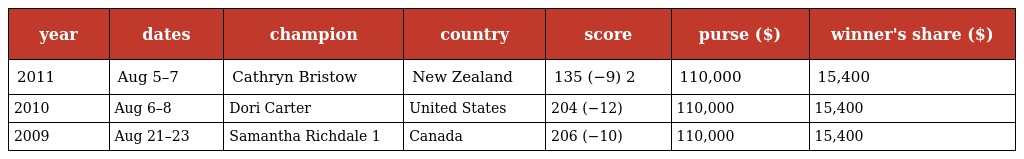
| year | dates | champion | country | score | purse ($) | winner's share ($) |
 | --- | --- | --- | --- | --- | --- | --- |
 | 2011 | Aug 5–7 | Cathryn Bristow | New Zealand | 135 (−9) 2 | 110,000 | 15,400 |
 | 2010 | Aug 6–8 | Dori Carter | United States | 204 (−12) | 110,000 | 15,400 |
 | 2009 | Aug 21–23 | Samantha Richdale 1 | Canada | 206 (−10) | 110,000 | 15,400 |